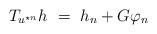
LaTeX: \begin{align*}T_{u^{\star n}} h ~=~ h_n + G\varphi_{n} \end{align*}